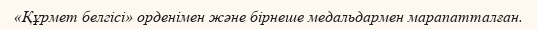
«Құрмет белгісі» орденімен және бірнеше медальдармен марапатталған.